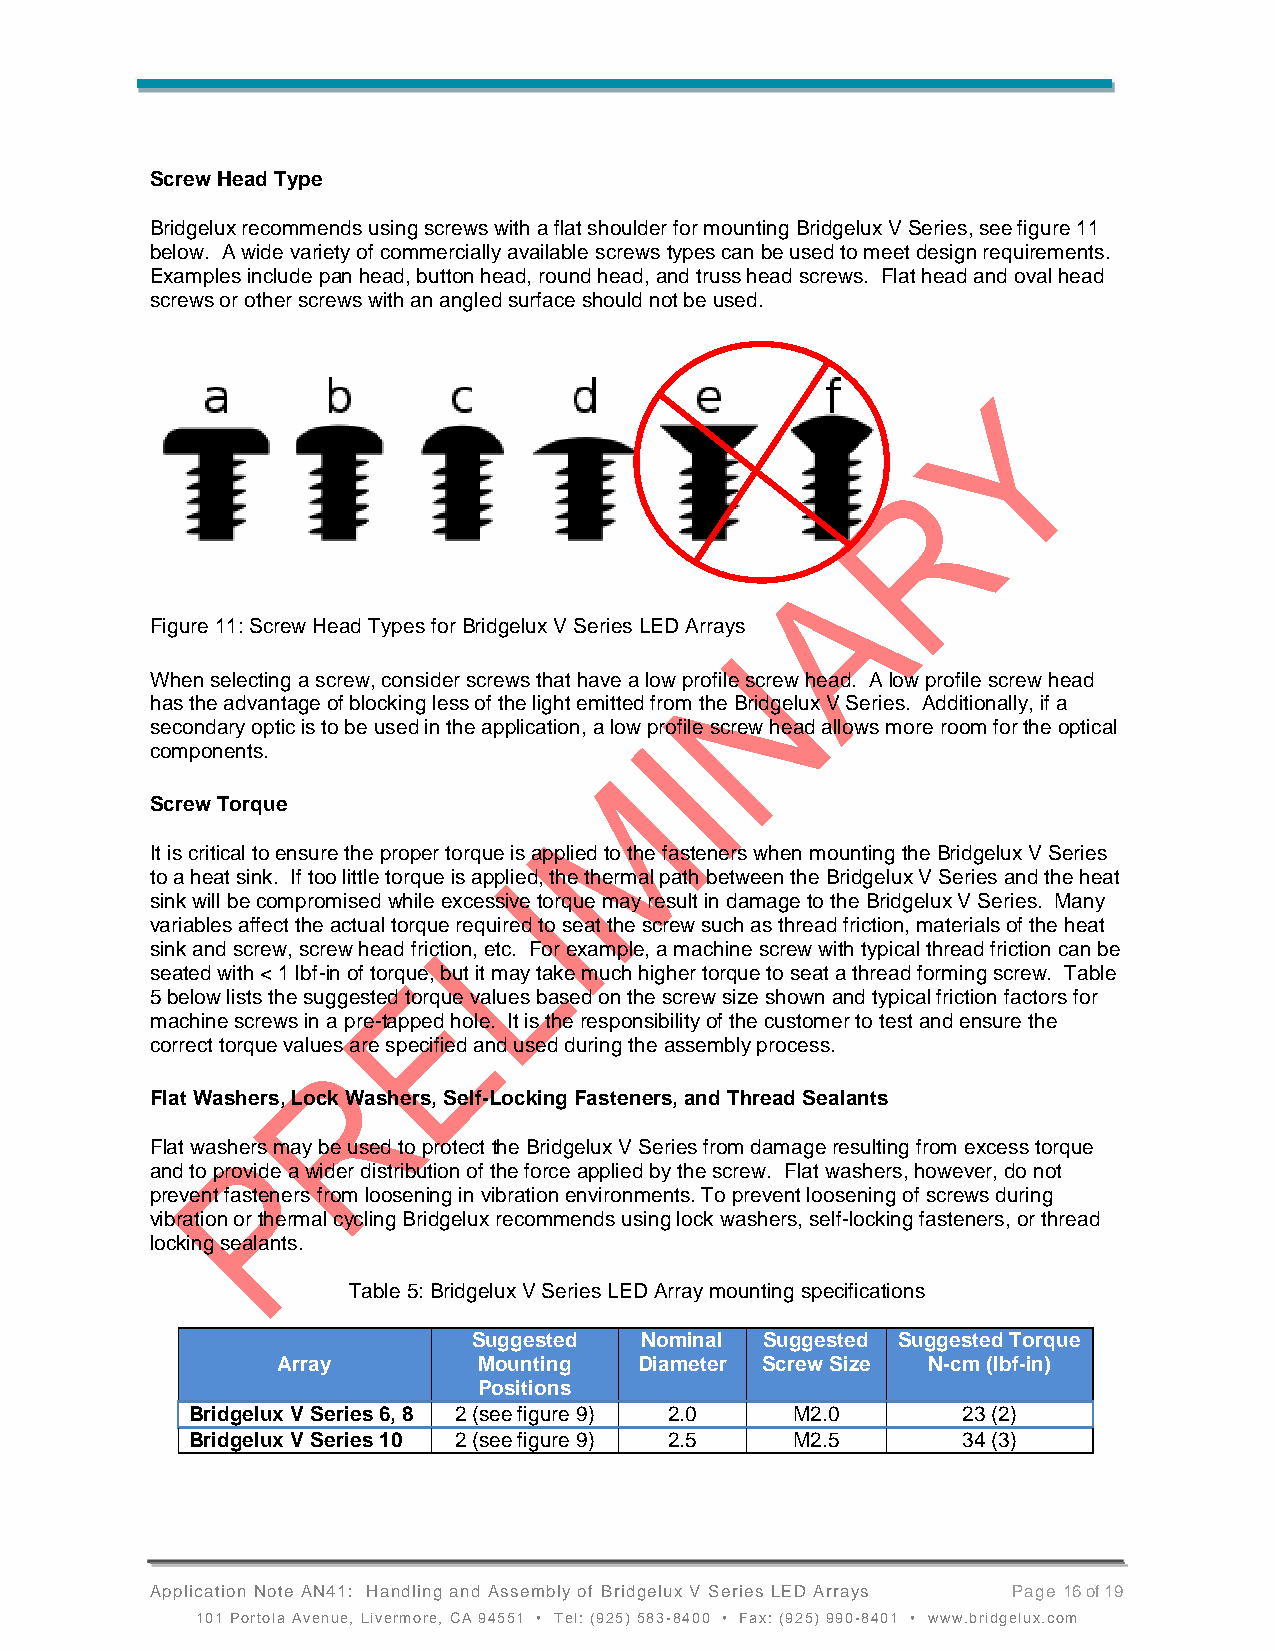
Screw Head Type
 Bridgelux recommends using screws with a flat shoulder for mounting Bridgelux V Series, see figure 11
 below. A wide variety of commercially available screws types can be used to meet design requirements.
 Examples include pan head, button head, round head, and truss head screws. Flat head and oval head
 screws or other screws with an angled surface should not be used.
 Figure 11: Screw Head Types for Bridgelux V Series LED Arrays
 When selecting a screw, consider screws that have a low profile screw head. A low profile screw head
 has the advantage of blocking less of the light emitted from the Bridgelux V Series. Additionally, if a
 secondary optic is to be used in the application, a low profile screw head allows more room for the optical
 components.
 Screw Torque
 It is critical to ensure the proper torque is applied to the fasteners when mounting the Bridgelux V Series
 to a heat sink. If too little torque is applied, the thermal path between the Bridgelux V Series and the heat
 sink will be compromised while excessive torque may result in damage to the Bridgelux V Series. Many
 variables affect the actual torque required to seat the screw such as thread friction, materials of the heat
 sink and screw, screw head friction, etc. For example, a machine screw with typical thread friction can be
 seated with < 1 lbf-in of torque, but it may take much higher torque to seat a thread forming screw. Table
 5 below lists the suggested torque values based on the screw size shown and typical friction factors for
 machine screws in a pre-tapped hole. It is the responsibility of the customer to test and ensure the
 correct torque values are specified and used during the assembly process.
 Flat Washers, Lock Washers, Self-Locking Fasteners, and Thread Sealants
 Flat washers may be used to protect the Bridgelux V Series from damage resulting from excess torque
 and to provide a wider distribution of the force applied by the screw. Flat washers, however, do not
 prevent fasteners from loosening in vibration environments. To prevent loosening of screws during
 vibration or thermal cycling Bridgelux recommends using lock washers, self-locking fasteners, or thread
 locking sealants.
 Table 5: Bridgelux V Series LED Array mounting specifications
 Suggested  Nominal  Suggested Suggested Torque
 Array         Mounting  Diameter Screw Size N-cm (lbf-in)
 Positions
 Bridgelux V Series 6, 8 2 (see figure 9) 2.0 M2.0  23 (2)
 Bridgelux V Series 10 2 (see figure 9) 2.5 M2.5    34 (3)
 Application Note AN41: Handling and Assembly of Bridgelux V Series LED Arrays Page 16 of 19
 101 Portola Avenue, Livermore, CA 94551 • Tel: (925) 583-8400 • Fax: (925) 990-8401 • www.bridgelux.com